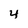
Character: 4